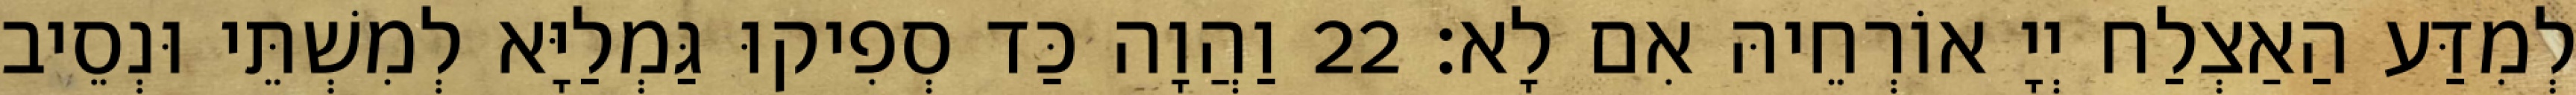
לְמִדַּע הַאַצְלַח יְיָ אוֹרְחֵיהּ אִם לָא׃ 22 וַהֲוָה כַּד סְפִיקוּ גַּמְלַיָּא לְמִשְׁתֵּי וּנְסֵיב